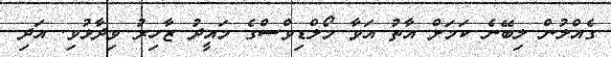
ގެއްލުން ލިބޭނެ ކަމަށް އާތު އަވާ މޯލްޑިވްސްގެ މައީދު ޒާހިރު ވިދާޅުވި. އަދި